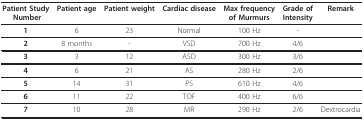
<table><thead><tr><td><b>Patient Study Number</b></td><td><b>Patient age</b></td><td><b>Patient weight</b></td><td><b>Cardiac disease</b></td><td><b>Max frequency of Murmurs</b></td><td><b>Grade of Intensity</b></td><td><b>Remark</b></td></tr></thead><tbody><tr><td><b>1</b></td><td>6</td><td>23</td><td>Normal</td><td>100 Hz</td><td>-</td><td></td></tr><tr><td><b>2</b></td><td>8 months</td><td>-</td><td>VSD</td><td>700 Hz</td><td>4/6</td><td></td></tr><tr><td><b>3</b></td><td>3</td><td>12</td><td>ASD</td><td>300 Hz</td><td>3/6</td><td></td></tr><tr><td><b>4</b></td><td>6</td><td>21</td><td>AS</td><td>280 Hz</td><td>2/6</td><td></td></tr><tr><td><b>5</b></td><td>14</td><td>31</td><td>PS</td><td>610 Hz</td><td>4/6</td><td></td></tr><tr><td><b>6</b></td><td>11</td><td>22</td><td>TOF</td><td>400 Hz</td><td>6/6</td><td></td></tr><tr><td><b>7</b></td><td>10</td><td>28</td><td>MR</td><td>290 Hz</td><td>2/6</td><td>Dextrocardia</td></tr></tbody></table>